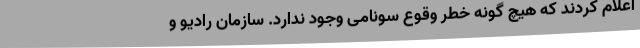
اعلام کردند که هیچ گونه خطر وقوع سونامی وجود ندارد. سازمان رادیو و